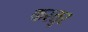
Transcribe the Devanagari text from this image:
कस्तुर